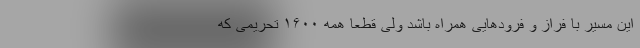
این مسیر با فراز و فرودهایی همراه باشد ولی قطعاً همه ۱۶۰۰ تحریمی که